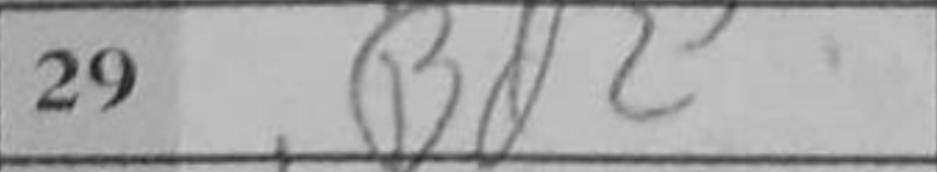
Transcription: Bd2